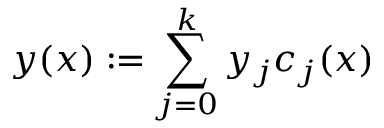
y ( x ) : = \sum _ { j = 0 } ^ { k } y _ { j } c _ { j } ( x )